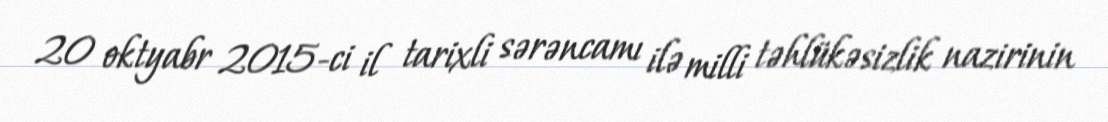
20 oktyabr 2015-ci il tarixli sərəncamı ilə milli təhlükəsizlik nazirinin